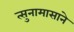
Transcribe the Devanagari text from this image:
त्सुनामासाने